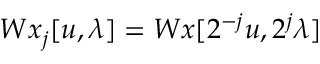
W x _ { j } [ u , \lambda ] = W x [ 2 ^ { - j } u , 2 ^ { j } \lambda ]